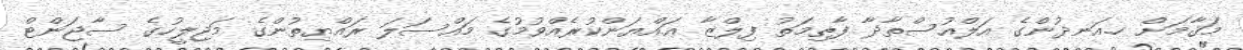
މަޤާމަށް ހ.އަނދުންގެ އަލްއުސްތާޛާ ފާޠިމަތު ފިލްޒާ ޢައްޔަންކުރެއްވުމުގެ މައްސަލަ ރައްޔިތުންގެ މަޖިލީހުގެ ސާޖަންޓް